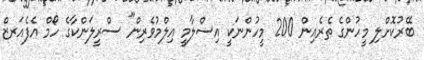
ބޭރުކޮށްލި މީހުންގެ ތެރެއިން 200 މީހުންނަކީ އިސްލާމީ އިލްމުވެރިން" ސްރީލަންކާގެ ހޯމް އެފެއަރޒް